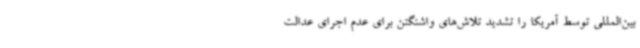
بین‌المللی توسط آمریکا را تشدید تلاش‌های واشنگتن برای عدم اجرای عدالت